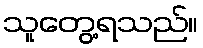
သူတွေ့ရသည်။